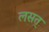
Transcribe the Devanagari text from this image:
लसत्